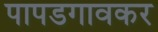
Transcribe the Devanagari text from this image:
पापडगावकर